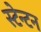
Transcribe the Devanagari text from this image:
स्टेन्टन